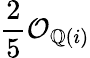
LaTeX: {\frac{2}{5}}{\mathcal{O}}_{\mathbb{Q}(i)}